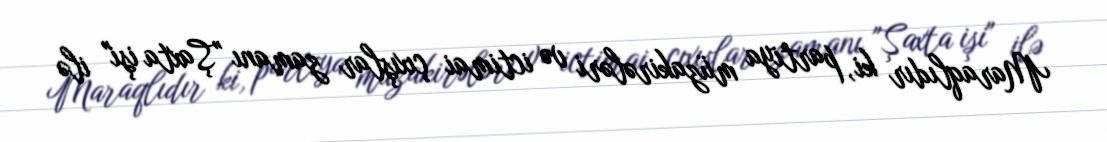
Maraqlıdır ki, partiya müzakirələri və ictimai çıxışlar zamanı "Şaxta işi" ilə